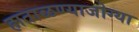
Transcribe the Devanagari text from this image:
हाताळण्याजोग्या